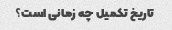
تاریخ تکمیل چه زمانی است؟